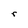
Character: r